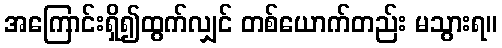
အကြောင်းရှိ၍ထွက်လျှင် တစ်ယောက်တည်း မသွားရ။